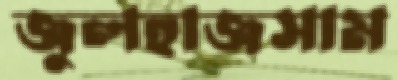
জুলহাজসাম